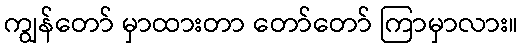
ကျွန်တော် မှာထားတာ တော်တော် ကြာမှာလား။